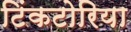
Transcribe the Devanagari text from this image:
टिंकटोरिया